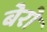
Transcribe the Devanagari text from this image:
बेरो